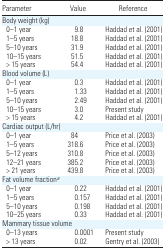
| Parameter | Value | Reference |
 | --- | --- | --- |
 | <COLSPAN=3> Body weight (kg) |
 | 0–1 year | 9.8 | Haddad et al. (2001) |
 | 1–5 years | 18.8 | Haddad et al. (2001) |
 | 5–10 years | 31.9 | Haddad et al. (2001) |
 | 10–15 years | 51.5 | Haddad et al. (2001) |
 | > 15 years | 54.4 | Haddad et al. (2001) |
 | <COLSPAN=3> Blood volume (L) |
 | 0–1 year | 0.3 | Haddad et al. (2001) |
 | 1–5 years | 1.33 | Haddad et al. (2001) |
 | 5–10 years | 2.49 | Haddad et al. (2001) |
 | 10–15 years | 3.0 | Present study |
 | > 15 years | 4.2 | Haddad et al. (2001) |
 | <COLSPAN=3> Cardiac output (L/hr) |
 | 0–1 year | 84 | Price et al. (2003) |
 | 1–5 years | 318.6 | Price et al. (2003) |
 | 5–12 years | 310.8 | Price et al. (2003) |
 | 12–21 years | 385.2 | Price et al. (2003) |
 | > 21 years | 439.8 | Price et al. (2003) |
 | <COLSPAN=3> Fat volume fractiona |
 | 0–1 year | 0.22 | Haddad et al. (2001) |
 | 1–5 years | 0.157 | Haddad et al. (2001) |
 | 5–10 years | 0.198 | Haddad et al. (2001) |
 | 10–25 years | 0.33 | Haddad et al. (2001) |
 | <COLSPAN=3> Mammary tissue volume |
 | 0–13 years | 0.0001 | Present study |
 | > 13 years | 0.02 | Gentry et al. (2003) |